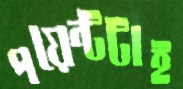
পয়েন্টটাই